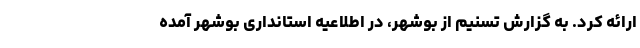
ارائه کرد. به گزارش تسنیم از بوشهر، در اطلاعیه استانداری بوشهر آمده